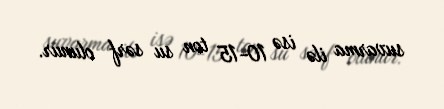
suvarma ilə isə 10-15 ton su sərf olunur.